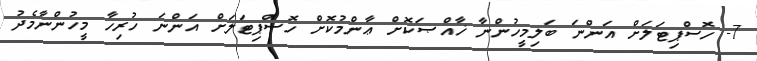
7- ހޮސްޕިޓަލަށް އަންނަ ބަލިމީހުންނާ ޚާއްޞަކޮށް ޢާންމުކޮށް ހޮސްޕިޓަލަށް އަންނަ ހުރިހާ މީހުންނާމެދު